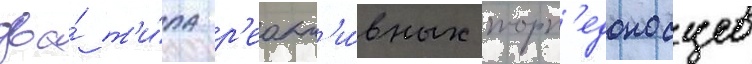
два́ т'и́па р'еакт'и́вных торп'едоносцев